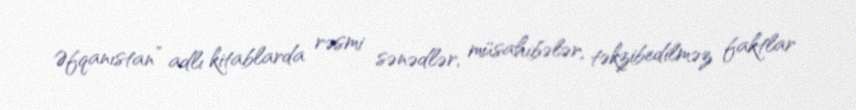
Əfqanıstan” adlı kitablarda rəsmi sənədlər, müsahibələr, təkzibedilməz faktlar